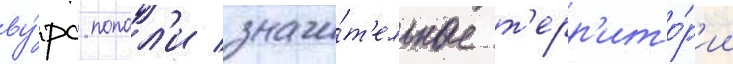
ву́рс попал'и значи́т'ельные т'ерр'ито́р'ии